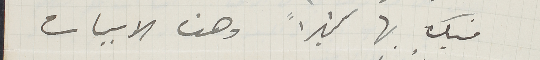
فيك بها كثيراً وهذه الابيات